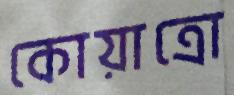
কোয়াত্রো